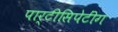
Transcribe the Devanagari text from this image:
पार्टीसिपेटींग